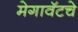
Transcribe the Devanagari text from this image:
मेगावॅटचे